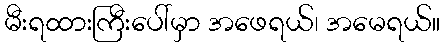
မီးရထားကြီးပေါ်မှာ အဖေရယ်၊ အမေရယ်။